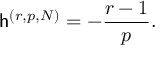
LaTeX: \mathsf { h } ^ { ( r , p , N ) } = - \frac { r - 1 } { p } .